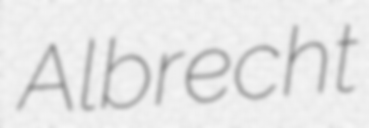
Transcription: Albrecht